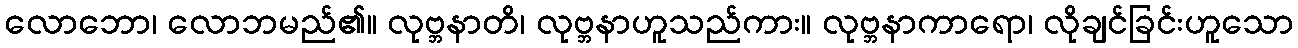
လောဘော၊ လောဘမည်၏။ လုဗ္ဘနာတိ၊ လုဗ္ဘနာဟူသည်ကား။ လုဗ္ဘနာကာရော၊ လိုချင်ခြင်းဟူသော